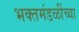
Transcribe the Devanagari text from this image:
भक्तमंडळींच्या